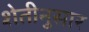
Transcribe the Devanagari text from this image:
शेतीनुसार